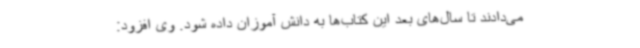
می‌دادند تا سال‌های بعد این کتاب‌ها به دانش آموزان داده شود. وی افزود: